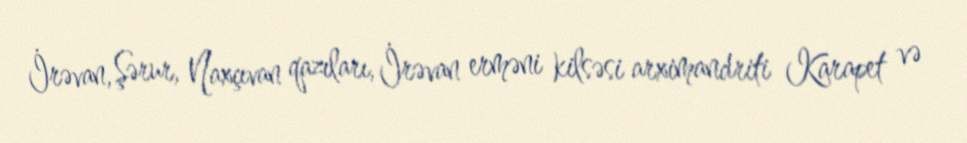
İrəvan, Şərur, Naxçıvan qazıları, İrəvan erməni kilsəsi arximandriti Karapet və